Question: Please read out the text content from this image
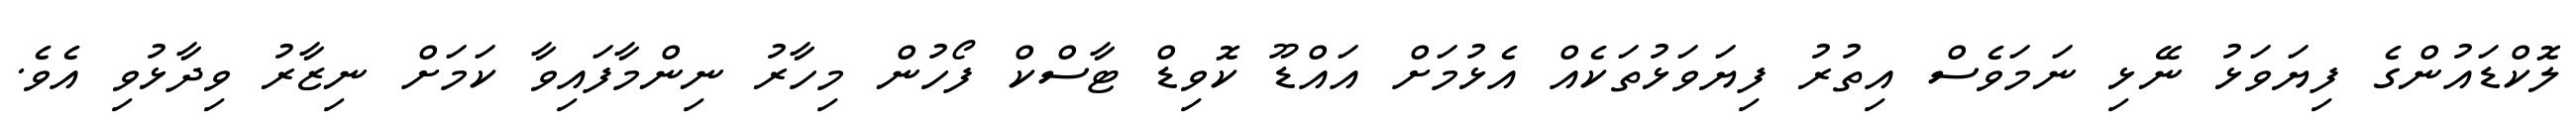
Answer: ލޮކްޑައުންގެ ފިޔަވަޅު ނޭޅި ނަމަވެސް އިތުރު ފިޔަވަޅުތަކެއް އެޅުމަށް އައްޑޫ ކޮވިޑް ޓާސްކް ފޯހުން މިހާރު ނިންމާފައިވާ ކަމަށް ނިޒާރު ވިދާޅުވި އެވެ.